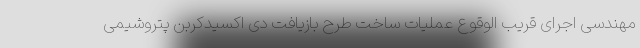
مهندسی اجرای قریب الوقوع عملیات ساخت طرح بازیافت دی اکسیدکربن پتروشیمی